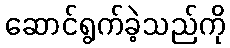
ဆောင်ရွက်ခဲ့သည်ကို